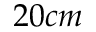
2 0 c m